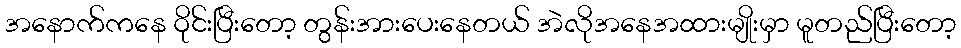
အနောက်ကနေ ဝိုင်းပြီးတော့ တွန်းအားပေးနေတယ် အဲလိုအနေအထားမျိုးမှာ မူတည်ပြီးတော့